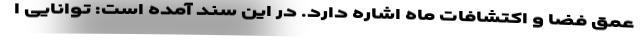
عمق فضا و اکتشافات ماه اشاره دارد. در این سند آمده است: توانایی ا